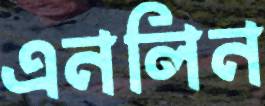
এনলিন